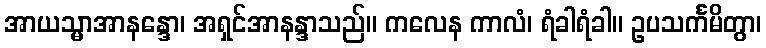
အာယသ္မာအာနန္ဒော၊ အရှင်အာနန္ဒာသည်။ ကလေန ကာလံ၊ ရံခါရံခါ။ ဥပသင်္ကမိတွာ၊